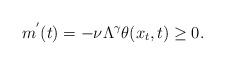
LaTeX: \begin{align*}m^{'}(t)=-\nu \Lambda^{\gamma} \theta(x_t,t) \ge 0. \end{align*}